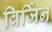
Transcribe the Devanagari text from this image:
विर्जिन